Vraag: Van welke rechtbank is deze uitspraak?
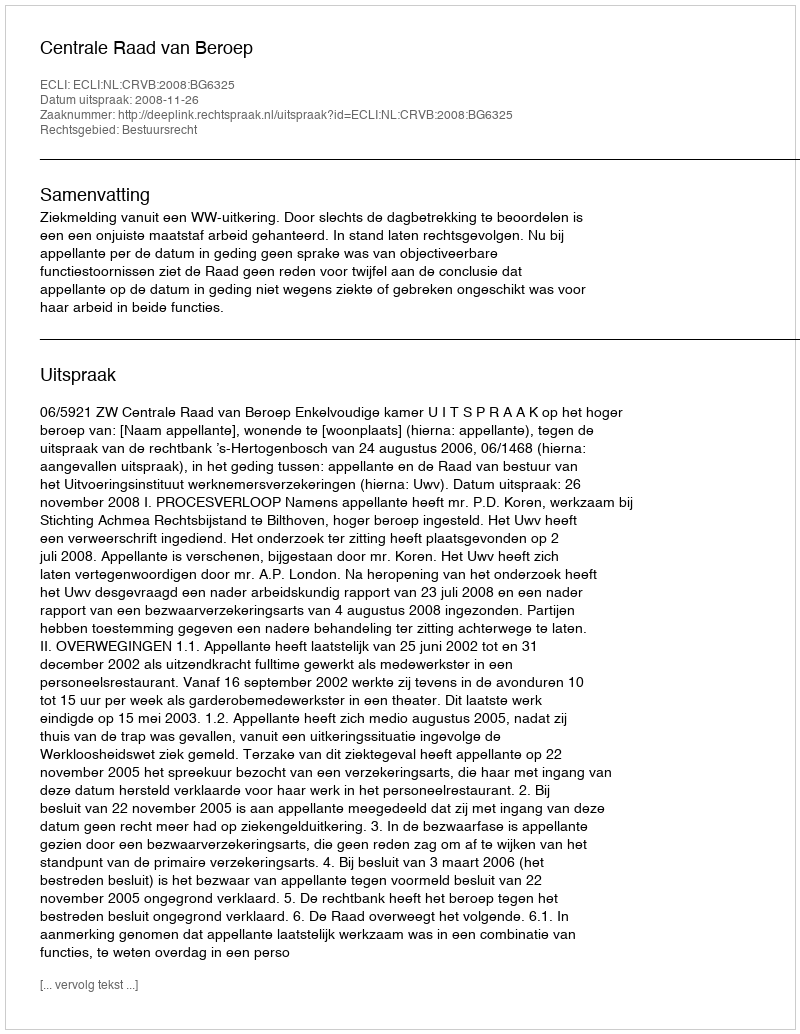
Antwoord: Centrale Raad van Beroep